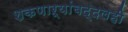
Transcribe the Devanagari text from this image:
शकणाऱ्यांबद्दलही